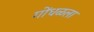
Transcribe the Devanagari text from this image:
गोंधळला